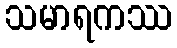
သမာရကဿ